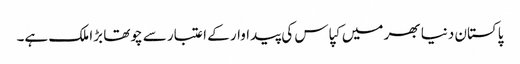
پاکستان دنیا بھر میں کپاس کی پیداوار کے اعتبار سے چوتھا بڑا ملک ہے۔